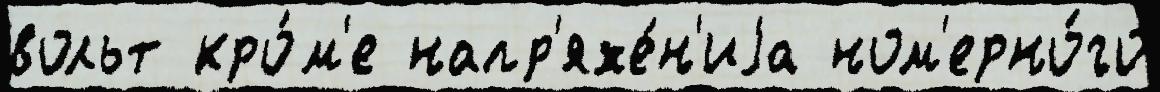
вольт кро́м'е напр'яже́н'иjа ном'ерно́го